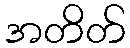
အတိတ်